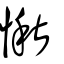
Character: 愀